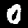
Digit: 0